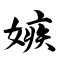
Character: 嫉